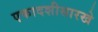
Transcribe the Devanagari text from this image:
एकादशीसारखे